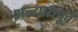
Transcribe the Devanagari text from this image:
अन्यायपूर्व